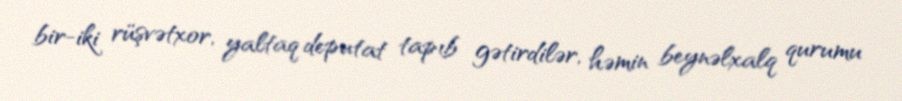
bir-iki rüşvətxor, yaltaq deputat tapıb gətirdilər, həmin beynəlxalq qurumu